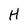
Character: H